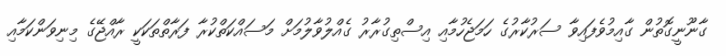
ގާނޫނީގޮތުން ގާއިމުވެފައިވާ ސަރުކާރުގެ ހަމަޖެހުމާއި އިސްތިގުރާރު ގެއްލުވާލުމަށް މަސައްކަތްކުރާ ފަރާތްތަކަކީ ރާއްޖޭގެ މިނިވަންކަމާއި